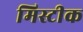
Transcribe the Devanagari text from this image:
मिस्टीक